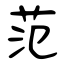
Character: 范